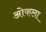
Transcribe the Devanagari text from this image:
ओकला